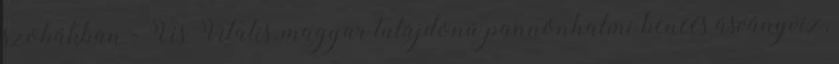
szobákban - Vis Vitalis, magyar tulajdonú pannonhalmi bencés ásványvíz,